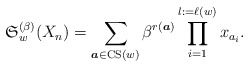
\begin{gather*} \mathfrak{S}_{w}^{(\beta)}(X_n) = \sum_{{\boldsymbol{a}} \in {\rm CS}(w)} \beta^{r({\boldsymbol{a}})} \prod_{i=1}^{l:=\ell(w)} x_{a_{i}}. \end{gather*}